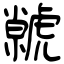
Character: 虩